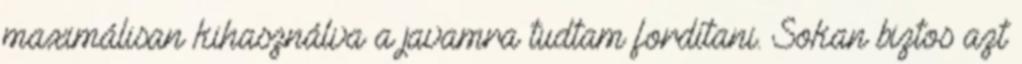
maximálisan kihasználva a javamra tudtam fordítani. Sokan biztos azt